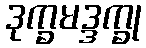
ဒုက္ခမဒ္ဒက္ခု